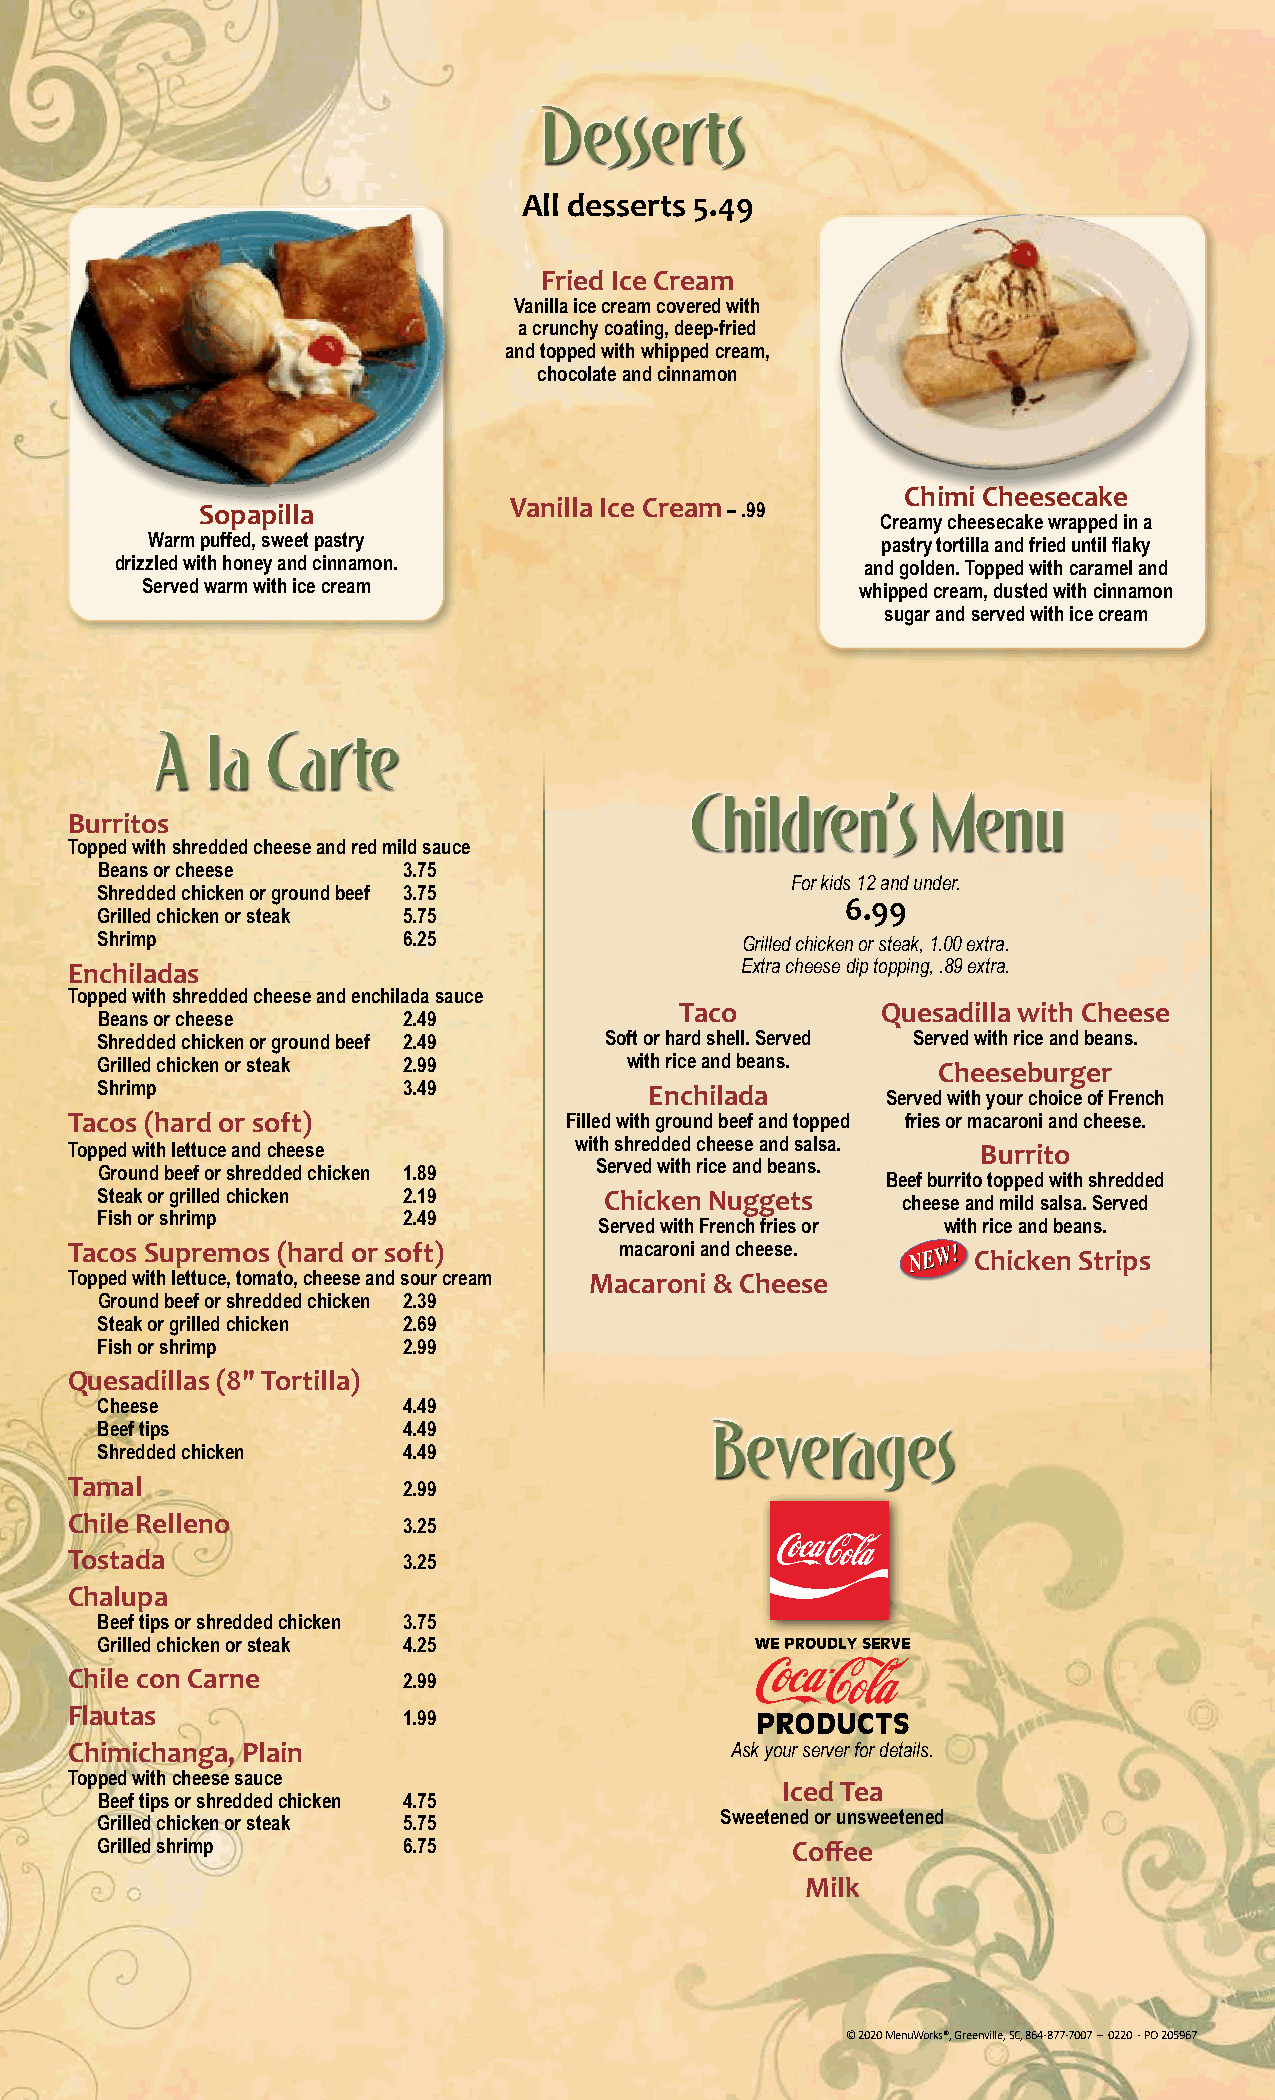
Desserts
 All desserts 5.49
 Fried Ice Cream
 Vanilla ice cream covered with
 a crunchy coating, deep-fried
 and topped with whipped cream,
 chocolate and cinnamon
 Chimi Cheesecake
 Vanilla Ice Cream
 Sopapilla                          – .99
 Creamy cheesecake wrapped in a
 Warm puffed, sweet pastry                       pastry tortilla and fried until flaky
 drizzled with honey and cinnamon.                and golden. Topped with caramel and
 Served warm with ice cream                      whipped cream, dusted with cinnamon
 sugar and served with ice cream
 A   la  Carte
 Children’s      Menu
 Burritos
 Topped with shredded cheese and red mild sauce
 Beans or cheese      3.75
 For kids 12 and under.
 Shredded chicken or ground beef 3.75
 6.99
 Grilled chicken or steak 5.75
 Shrimp               6.25                  Grilled chicken or steak, 1.00 extra.
 Enchiladas                                   Extra cheese dip topping, .89 extra.
 Topped with shredded cheese and enchilada sauce
 Taco         Quesadilla with Cheese
 Beans or cheese      2.49
 Shredded chicken or ground beef 2.49 Soft or hard shell. Served Served with rice and beans.
 Grilled chicken or steak 2.99      with rice and beans. Cheeseburger
 Shrimp               3.49            Enchilada
 Served with your choice of French
 Tacos (hard or soft)              Filled with ground beef and topped fries or macaroni and cheese.
 Topped with lettuce and cheese    with shredded cheese and salsa. Burrito
 Ground beef or shredded chicken 1.89 Served with rice and beans.
 Beef burrito topped with shredded
 Steak or grilled chicken 2.19     Chicken Nuggets
 cheese and mild salsa. Served
 Fish or shrimp       2.49
 Served with French fries or with rice and beans.
 Tacos Supremos (hard or soft)        macaroni and cheese.
 Chicken Strips
 Topped with lettuce, tomato, cheese and sour cream Macaroni & Cheese
 Ground beef or shredded chicken 2.39
 Steak or grilled chicken 2.69
 Fish or shrimp       2.99
 Quesadillas (8" Tortilla)
 Cheese               4.49
 Beef tips            4.49                Beverages
 Shredded chicken     4.49
 Tamal
 2.99
 Chile Relleno
 3.25
 Tostada
 3.25
 Chalupa
 Beef tips or shredded chicken 3.75
 Grilled chicken or steak 4.25
 Chile con Carne
 2.99
 Flautas
 1.99
 Chimichanga, Plain                          Ask your server for details.
 Topped with cheese sauce
 Iced Tea
 Beef tips or shredded chicken 4.75
 Sweetened or unsweetened
 Grilled chicken or steak 5.75
 Grilled shrimp       6.75                     Coffee
 Milk
 © 2020 MenuWorks®, Greenville, SC, 864-877-7007 – 0220 - PO 205967